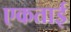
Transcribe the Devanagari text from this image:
एकताई